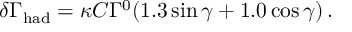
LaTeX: \delta \Gamma _ { \mathrm { h a d } } = \kappa C \Gamma ^ { 0 } ( 1 . 3 \sin \gamma + 1 . 0 \cos \gamma ) \, .